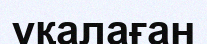
уқалаған